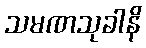
သမဏသုခါနိ